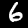
Label: 6